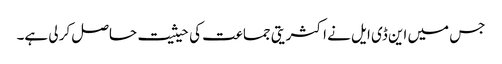
جس میں این ڈی ایل نے اکثریتی جماعت کی حیثیت حاصل کر لی ہے۔